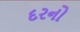
દરનો